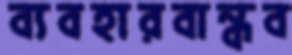
ব্যবহারবান্ধব